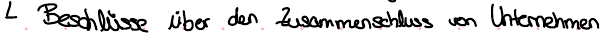
Beschlüsse über den Zusammenschluss von Unternehmen